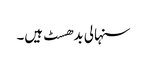
سنہالی بدھسٹ ہیں۔